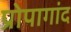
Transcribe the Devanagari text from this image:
प्रोपागांद